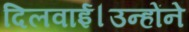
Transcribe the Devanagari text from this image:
दिलवाई।उन्होंने